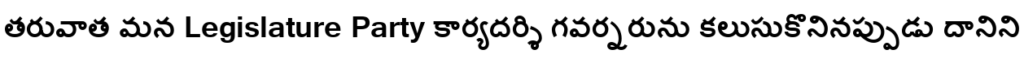
తరువాత మన Legislature Party కార్యదర్శి గవర్నరును కలుసుకొనినప్పుడు దానిని